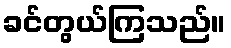
ခင်တွယ်ကြသည်။